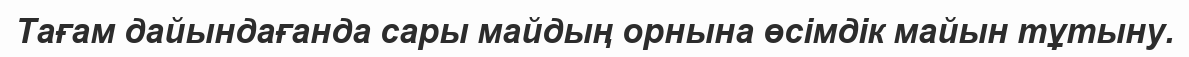
Тағам дайындағанда сары майдың орнына өсімдік майын тұтыну.